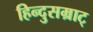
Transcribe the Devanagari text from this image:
हिन्दुसम्राट्